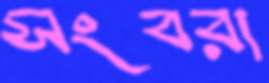
সংবরা